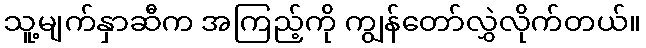
သူ့မျက်နှာဆီက အကြည့်ကို ကျွန်တော်လွှဲလိုက်တယ်။